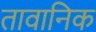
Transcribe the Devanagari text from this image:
तावानिक